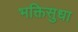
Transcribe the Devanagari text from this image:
भक्तिसुधा